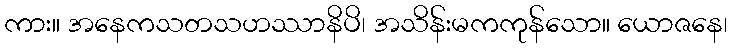
ကား။ အနေကသတသဟဿာနိပိ၊ အသိန်းမကကုန်သော။ ယောဇနေ၊